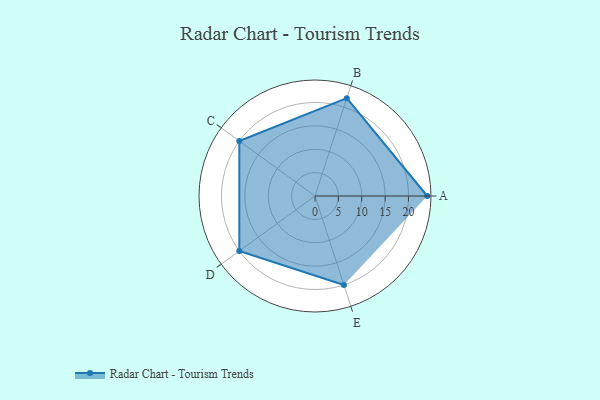
{"axis": {"x": "Skill", "y": "Score"}, "legend": ["Profile"], "data": [{"x": "A", "y": 24.0, "type": "Profile"}, {"x": "B", "y": 22.0, "type": "Profile"}, {"x": "C", "y": 20.0, "type": "Profile"}, {"x": "D", "y": 20, "type": "Profile"}, {"x": "E", "y": 20, "type": "Profile"}]}